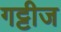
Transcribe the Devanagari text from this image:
गट्टीज